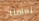
تعاملني